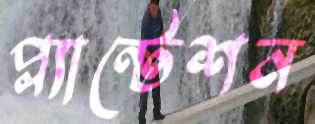
প্ল্যান্টেশন